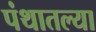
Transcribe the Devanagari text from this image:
पंथातल्या